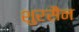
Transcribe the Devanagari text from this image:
शुरसैन